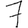
Digit: 7